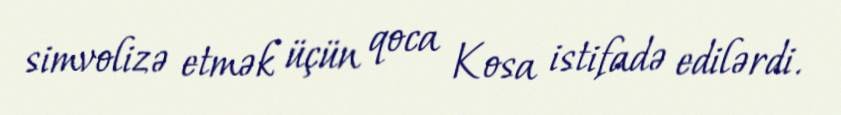
simvolizə etmək üçün qoca Kosa istifadə edilərdi.